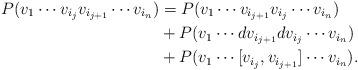
LaTeX: \begin{align*} P(v_1\cdots v_{i_j}v_{i_{j+1}}\cdots v_{i_n}) &= P(v_1\cdots v_{i_{j+1}}v_{i_{j}}\cdots v_{i_n}) \\ &+ P(v_1\cdots dv_{i_{j+1}}dv_{i_{j}}\cdots v_{i_n}) \\ &+ P(v_1\cdots [v_{i_{j}},v_{i_{j+1}}]\cdots v_{i_n}). \end{align*}